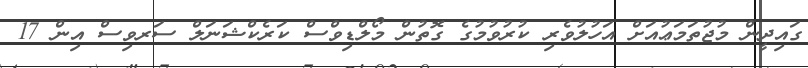
ގައިދީން މުޖުތަމަޢުއަށް އަހުލުވެރި ކުރުވުމުގެ ގޮތުން މޯލްޑިވްސް ކަރެކްޝަނަލް ސަރވިސް އިން 17